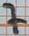
Text: 7